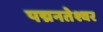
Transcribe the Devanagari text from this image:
पद्मनतेश्वर